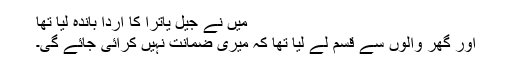
میں نے جیل یاترا کا اردا باندہ لیا تھا
اور گھر والوں سے قسم لے لیا تھا کہ میری ضمانت نہیں کرائی جائے گی۔